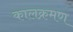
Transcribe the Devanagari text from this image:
कालक्रमण